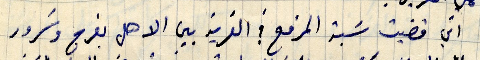
اني قضيت سبة المرفع في القرية بين الاهل بفرح وسرور